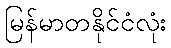
မြန်မာတနိုင်ငံလုံး